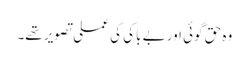
وہ حق گوئی اور بے باکی کی عملی تصویر تھے۔